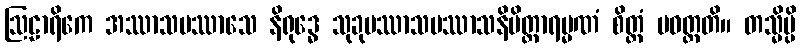
ဩဠာရိကေ အဿာသပဿာသေ နိရုဒ္ဓေ သုခုမဿာသပဿာသနိမိတ္တာရမ္မဏံ စိတ္တံ ပဝတ္တတိ။ တသ္မိမ္ပိ